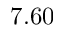
7 . 6 0